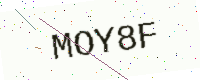
Text: MOY8F